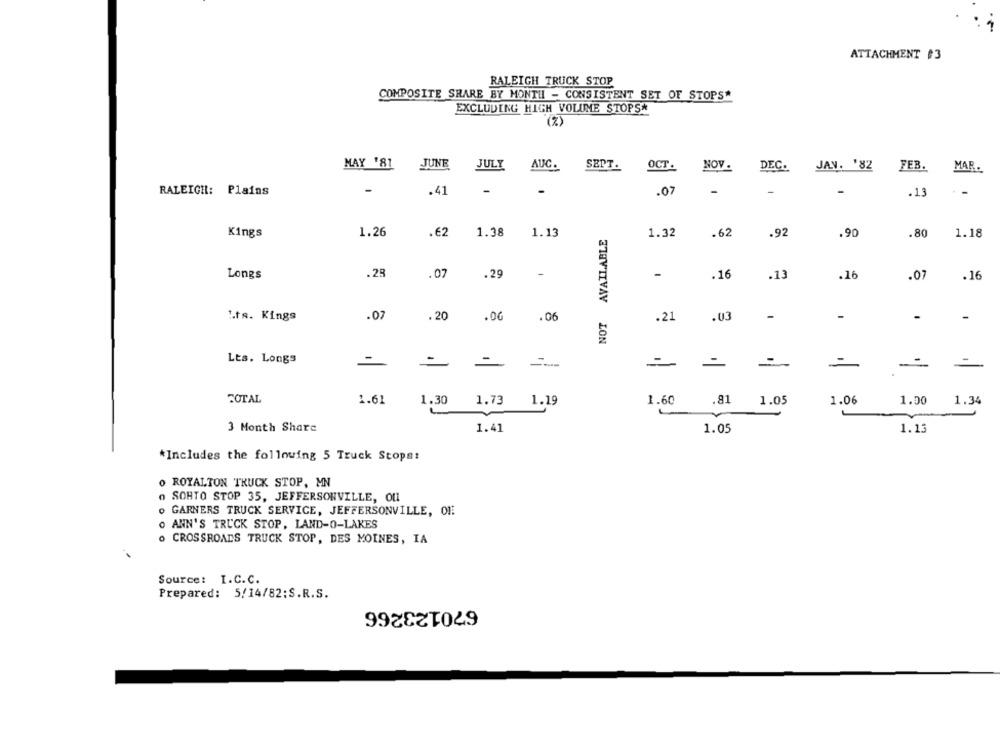
ATTACHMENT #3
RALEIGH TRUCK STOP
COMPOSITE SHARE BY MONTH - CONSISTENT SET OF STOPS*
EXCLUDING HIGH VOLUME STOPS*
MAY '81
JUNE
JULY
AUC.
OCT.
NOV .
DEC.
JAV. '82
FEB.
SEPT.
MAR.
-
RALEIGH: Plains
.41
-
-
.07
-
-
-
.13
--
Kings
1.26
.€2
1.38
1.13
AVAILABLE
.62
.92
1.32
.90
.80
1.18
Longs
.28
.07
.29
-
-
.16
.13
.16
.07
.16
NOT
-
1.ta. Kings
.07
.20
.0G
.06
.21
.03
.
-
Lts. Longs
-
---
=
-
=
-
=
TOTAL
1.61
1.30 1.73 1.19
1.60
.81 1.05
1.06
1.00
1.34
3 Month Share
1.41
1.05
1.13
*Includes the following 5 Truck Stops:
O ROYALTON TRUCK STOP, MN
SOHTO STOP 35, JEFFERSONVILLE, OU
o GARNERS TRUCK SERVICE, JEFFERSONVILLE, OF
O ANN'S TRUCK STOP, LAND-O-LAKES
o CROSSROADS TRUCK STOP, DES MOINES, IA
Source: I.C.C.
Prepared: 5/14/82:S.R.S.
670123266